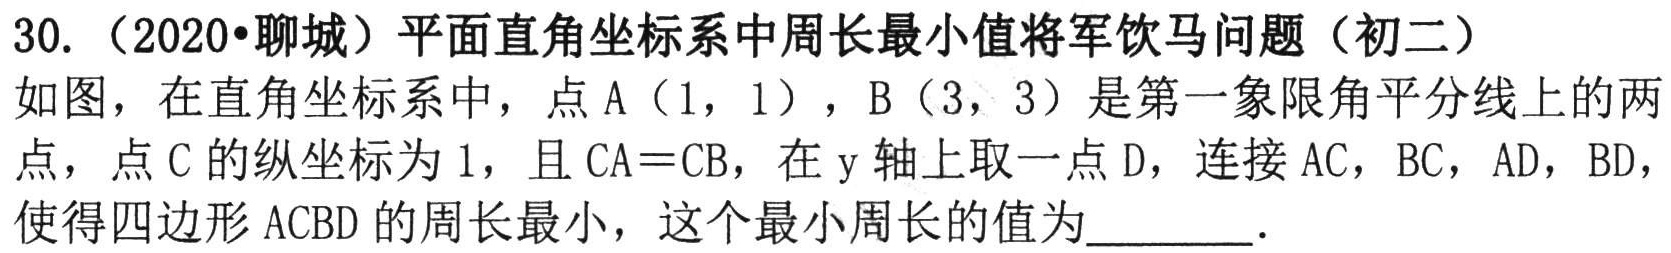
30.（2020•聊城）平面直角坐标系中周长最小值将军饮马问题（初二）

如图，在直角坐标系中，点\(A(1,1)\)，\(B(3,3)\)是第一象限角平分线上的两点，点\(C\)的纵坐标为\(1\)，且\(CA = CB\)，在\(y\)轴上取一点\(D\)，连接\(AC\)，\(BC\)，\(AD\)，\(BD\)，使得四边形\(ACBD\)的周长最小，这个最小周长的值为________．